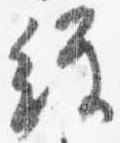
経